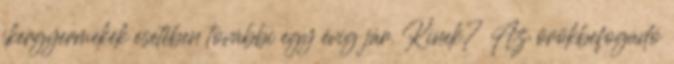
ikergyermekek esetében további egy évig jár. Kinek? Az örökbefogadó